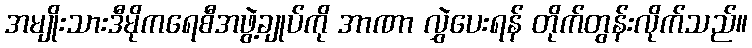
အမျိုးသားဒီမိုကရေစီအဖွဲ့ချုပ်ကို အာဏာ လွှဲပေးရန် တိုက်တွန်းလိုက်သည်။